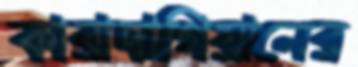
কারাদাগিয়ানের